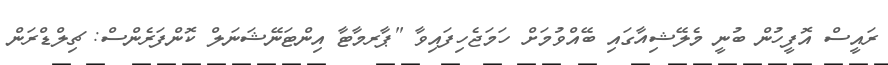
ރައީސް އޮފީހުން ބުނީ މެލޭޝިއާގައި ބޭއްވުމަށް ހަމަޖެހިފައިވާ "ޕާރމާޓާ އިންޓަނޭޝަނަލް ކޮންފަރެންސް: ޗިލްޑްރަން